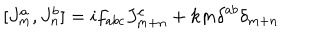
[ J _ { m } ^ { a } , J _ { n } ^ { b } ] = i f _ { a b c } J _ { m + n } ^ { c } + k m { \delta } ^ { a b } { \delta } _ { m + n }